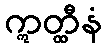
ဣတ္ထီနံ